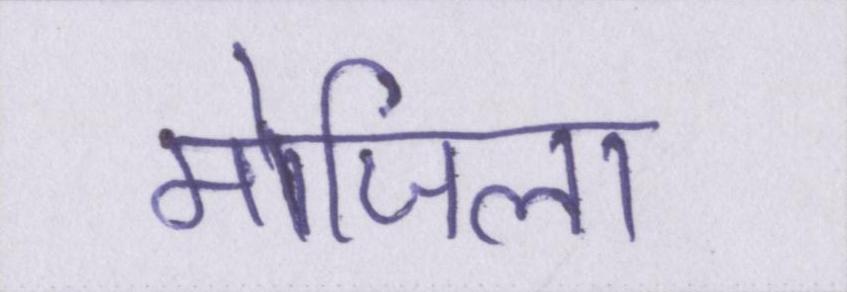
मोजिला